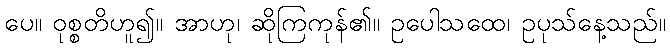
ပေ။ ဝုစ္စတိဟူ၍။ အာဟု၊ ဆိုကြကုန်၏။ ဥပေါသထေ၊ ဥပုသ်နေ့သည်။